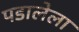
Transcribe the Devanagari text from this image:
पडालेला